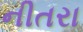
નીતરા